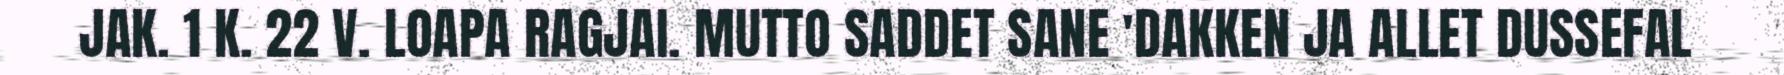
JAK. 1 K. 22 V. LOAPA RAGJAI. MUTTO SADDET SANE 'DAKKEN JA ALLET DUSSEFAL